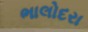
ભાલોદરા